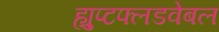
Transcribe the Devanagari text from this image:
ह्युप्टफ्लडवेबल